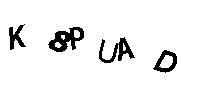
K8PUAD